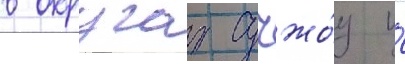
в округах сучжо́у и́